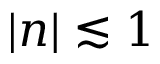
\lvert n \vert \lesssim 1